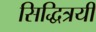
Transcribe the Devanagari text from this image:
सिद्धित्रयी